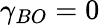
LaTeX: \gamma_{BO}=0